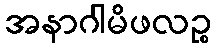
အနာဂါမိဖလဉ္စ